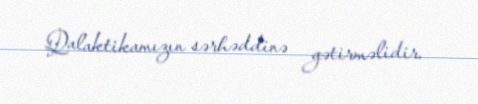
Qalaktikamızın sərhəddinə gətirməlidir.